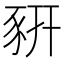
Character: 豣